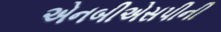
એનબીએસપીની